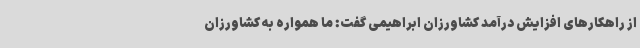
از راهکارهای افزایش درآمد کشاورزان ابراهیمی گفت: ما همواره به کشاورزان